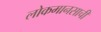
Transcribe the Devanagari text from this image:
लोकमानसाची